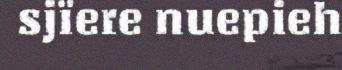
sjïere nuepieh